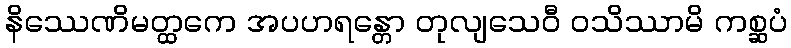
နိဿေဏိမတ္ထကေ အပဟရန္တော တုလျသေဝီ ဝသိဿာမိ ကစ္ဆပံ